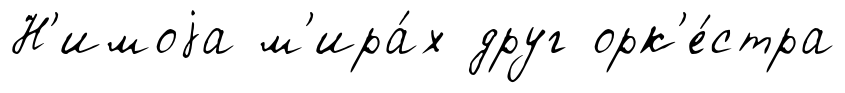
Н'имоjа м'ира́х друг орк'е́стра